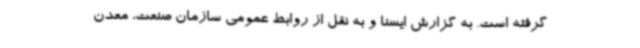
گرفته است. به گزارش ایسنا و به نقل از روابط عمومی سازمان صنعت، معدن